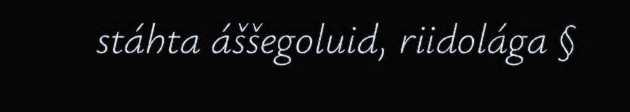
stáhta áššegoluid, riidolága §